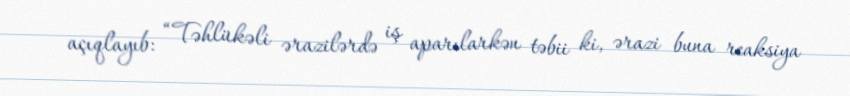
açıqlayıb: “Təhlükəli ərazilərdə iş aparılarkən təbii ki, ərazi buna reaksiya